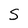
Character: S